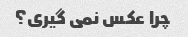
چرا عکس نمی گیری؟